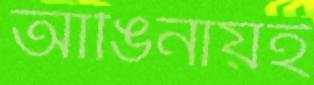
আঙিনায়ই